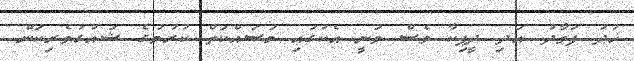
ޚުދު ފަވާދު އަދި ދީޕިކާ ވެސް ވަނީ އެކުގައި މަސައްކަތް ކުރުމުގެ ޝައުގުވެރިކަން